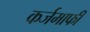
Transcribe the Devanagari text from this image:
कर्जमाफी